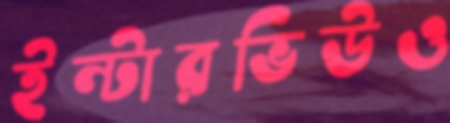
ইন্টারভিউও